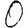
Digit: 0